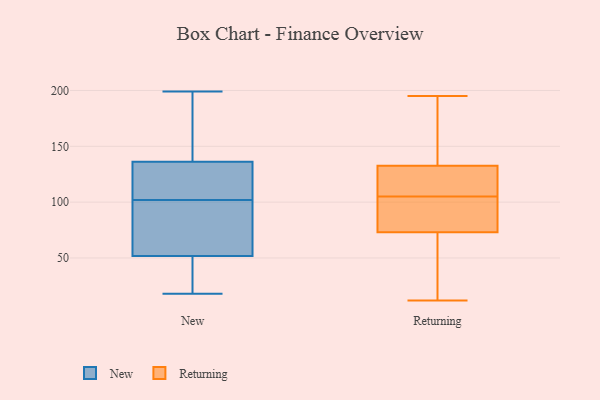
{"axis": {"x": "Population (Million)", "y": "Value"}, "legend": ["New", "Returning"], "data": [{"x": "", "y": 45, "type": "New"}, {"x": "", "y": 199, "type": "New"}, {"x": "", "y": 103, "type": "New"}, {"x": "", "y": 85, "type": "New"}, {"x": "", "y": 172, "type": "New"}, {"x": "", "y": 180, "type": "New"}, {"x": "", "y": 72, "type": "New"}, {"x": "", "y": 18, "type": "New"}, {"x": "", "y": 20, "type": "New"}, {"x": "", "y": 102, "type": "New"}, {"x": "", "y": 116, "type": "New"}, {"x": "", "y": 134, "type": "New"}, {"x": "", "y": 190, "type": "New"}, {"x": "", "y": 100, "type": "New"}, {"x": "", "y": 20, "type": "New"}, {"x": "", "y": 105, "type": "New"}, {"x": "", "y": 86, "type": "New"}, {"x": "", "y": 40, "type": "New"}, {"x": "", "y": 137, "type": "New"}, {"x": "", "y": 153, "type": "Returning"}, {"x": "", "y": 195, "type": "Returning"}, {"x": "", "y": 96, "type": "Returning"}, {"x": "", "y": 111, "type": "Returning"}, {"x": "", "y": 27, "type": "Returning"}, {"x": "", "y": 188, "type": "Returning"}, {"x": "", "y": 121, "type": "Returning"}, {"x": "", "y": 127, "type": "Returning"}, {"x": "", "y": 87, "type": "Returning"}, {"x": "", "y": 12, "type": "Returning"}, {"x": "", "y": 138, "type": "Returning"}, {"x": "", "y": 99, "type": "Returning"}, {"x": "", "y": 56, "type": "Returning"}, {"x": "", "y": 121, "type": "Returning"}, {"x": "", "y": 69, "type": "Returning"}, {"x": "", "y": 77, "type": "Returning"}]}